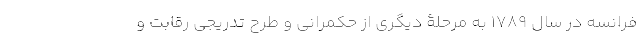
فرانسه در سال 1789 به مرحلۀ دیگری از حکمرانی و طرح تدریجی رقابت و